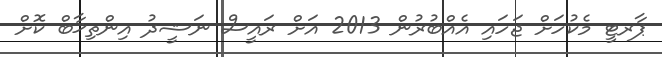
ޕާރޓީ މެކުހަށް ޖަހައި އެއްބުރުން 2013 އަށް ރައީސް ނަޝީދު އިންތިޚާބް ކޮށް